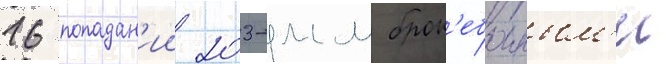
16 попадан'ии 203-мм брон'ебоиным'и